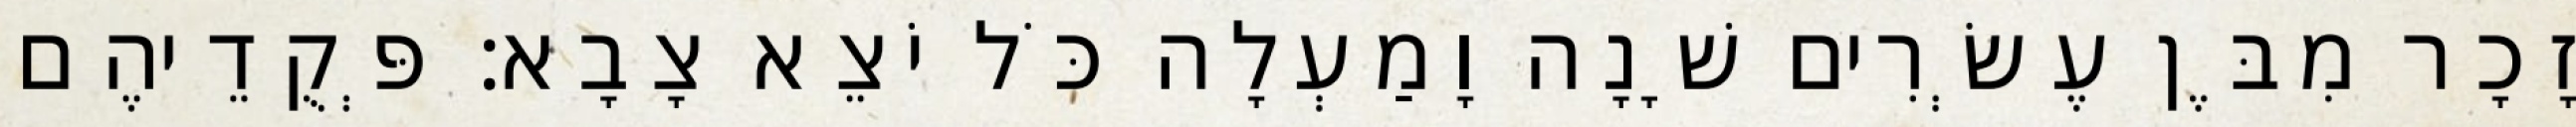
זָכָר מִבֶּן עֶשְׂרִים שָׁנָה וָמַעְלָה כֹּל יֹצֵא צָבָא׃ פְּקֻדֵיהֶם